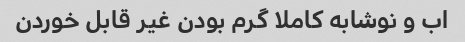
اب و نوشابه کاملا گرم بودن غیر قابل خوردن